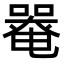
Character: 𡀋